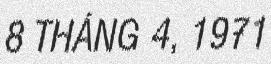
8 THÁNG 4, 1971